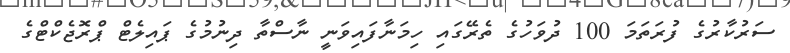
ސަރުކާރުގެ ފުރަތަމަ 100 ދުވަހުގެ ތެރޭގައި ހިމަނާފައިވަނީ ނާސްތާ ދިނުމުގެ ޕައިލެޓް ޕްރޮޖެކްޓްގެ